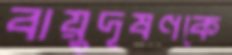
বায়ুদূষণকে